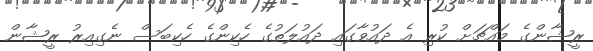
ރީޝާންގެ މައްޗަށް ކުރި އެ ދައުވާގައި ދައުލަތުގެ ހެކިންގެ ހެކިބަސް ނެގިއިރު ރީޝާން